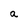
Character: a